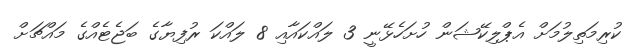
ކުރިމަތިލުމަށް އެޕްލިކޭޝަން ހުށަހެޅޭނީ 3 ލައްކައާއި 8 ލައްކަ ރުފިޔާގެ ބަޖެޓެއްގެ މައްޗަށް